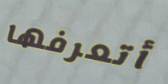
أتعرفها